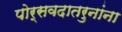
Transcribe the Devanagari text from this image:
पोर्सवदातरुनांना